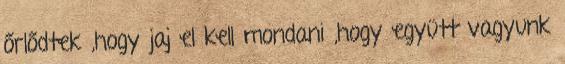
őrlődtek ,hogy jaj el kell mondani ,hogy együtt vagyunk